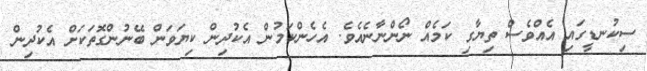
ސިކުނޑީގައި އެއްވެސް ތިޔާގި ކަމެއް ނޯންނާނެއެވެ. އެހެންކަމުން އެކުދިން ކިޔަވަން ބޭނުންގޮތަކަށް އެކުދިން